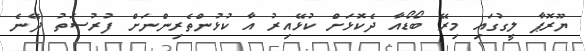
ޔޫރޮޕާ ލީގުގައި މިރޭ ބޯޑޯއާ ދެކޮޅަށް ކުޅޭއިރު އާ ކުޅުންތެރިންނަށް ފުރުސަތު ދޭނެ